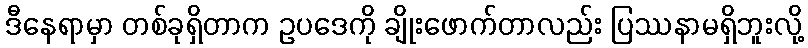
ဒီနေရာမှာ တစ်ခုရှိတာက ဥပဒေကို ချိုးဖောက်တာလည်း ပြဿနာမရှိဘူးလို့